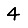
Digit: 4